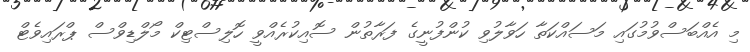
މި އެއްބަސްވުމުގައި މަސައްކަތާ ހަވާލުވި ކުންފުނީގެ ފަރާތުން ސޮއިކުރެއްވީ ހޮލިސްޓިކް މޯލްޑިވްސް ޕްރައިވެޓް